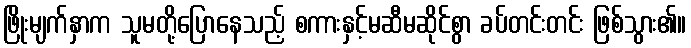
ဖြိုးမျက်နှာက သူမတို့ပြောနေသည့် စကားနှင့်မဆီမဆိုင်စွာ ခပ်တင်းတင်း ဖြစ်သွား၏။